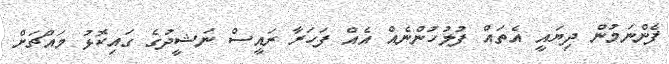
ފެންނަމުން ދިޔައީ އެތައް ފުލުހުންނެއް އެއް ފަހަރާ ރައީސް ނަޝީދުގެ ގައިކޮޅު މައްޗަށް